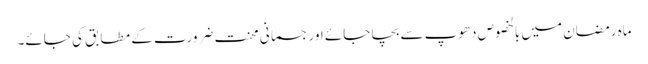
ماہِ رمضان میں بالخصوص دھوپ سے بچا جائے اور جسمانی محنت ضرورت کے مطابق کی جائے۔